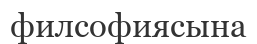
филсофиясына